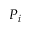
P _ { i }